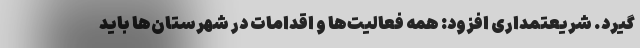
گیرد. شریعتمداری افزود: همه فعالیت‌ها و اقدامات در شهرستان‌ها باید